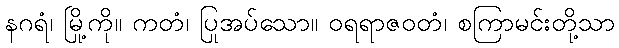
နဂရံ၊ မြို့ကို။ ကတံ၊ ပြုအပ်သော။ ဝရရာဇဝတံ၊ စကြာမင်းတို့သာ